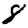
Digit: 8